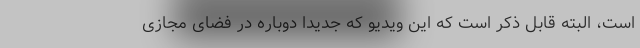
است، البته قابل ذکر است که این ویدیو که جدیدا دوباره در فضای مجازی